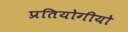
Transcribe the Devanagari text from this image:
प्रतियोगीयो